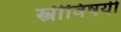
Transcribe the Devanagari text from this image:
स्त्रीविषयी